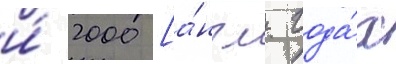
и́ 2000 [а́нгл. года́х